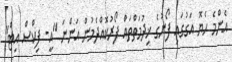
އެންމެ ހެޔޮ އަގުގައި ފޯނުގެ ޚިދުމަތްތައް ފޯރުކޮއްދެމުން އަންނަ "އީ- ފިކްސް އިޓް"